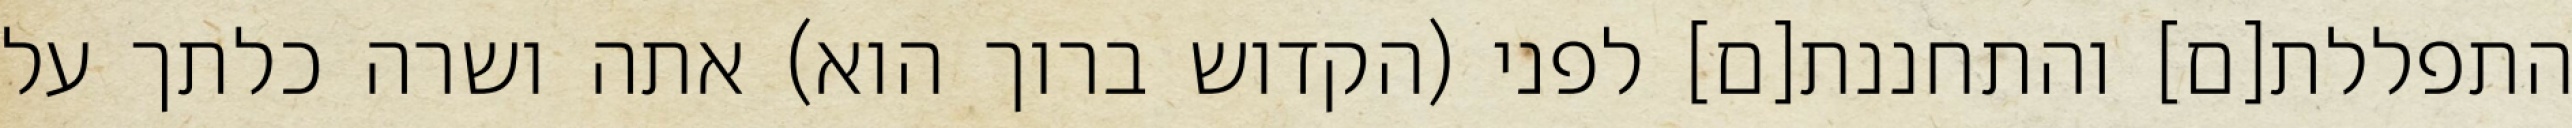
התפללת[ם] והתחננת[ם] לפני (הקדוש ברוך הוא) אתה ושרה כלתך על